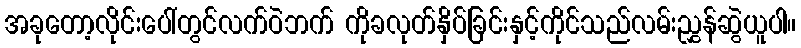
အခုတော့လိုင်းပေါ်တွင်လက်ဝဲဘက် ကိုခလုတ်နှိပ်ခြင်းနှင့်ကိုင်သည်လမ်းညွှန်ဆွဲယူပါ။